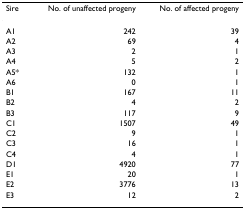
<table><thead><tr><td><b>Sire</b></td><td><b>No. of unaffected progeny</b></td><td><b>No. of affected progeny</b></td></tr></thead><tbody><tr><td>A1</td><td>242</td><td>39</td></tr><tr><td>A2</td><td>69</td><td>4</td></tr><tr><td>A3</td><td>2</td><td>1</td></tr><tr><td>A4</td><td>5</td><td>2</td></tr><tr><td>A5*</td><td>132</td><td>1</td></tr><tr><td>A6</td><td>0</td><td>1</td></tr><tr><td>B1</td><td>167</td><td>11</td></tr><tr><td>B2</td><td>4</td><td>2</td></tr><tr><td>B3</td><td>117</td><td>9</td></tr><tr><td>C1</td><td>1507</td><td>49</td></tr><tr><td>C2</td><td>9</td><td>1</td></tr><tr><td>C3</td><td>16</td><td>1</td></tr><tr><td>C4</td><td>4</td><td>1</td></tr><tr><td>D1</td><td>4920</td><td>77</td></tr><tr><td>E1</td><td>20</td><td>1</td></tr><tr><td>E2</td><td>3776</td><td>13</td></tr><tr><td>E3</td><td>12</td><td>2</td></tr></tbody></table>